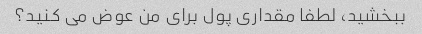
ببخشید، لطفا مقداری پول برای من عوض می کنید؟